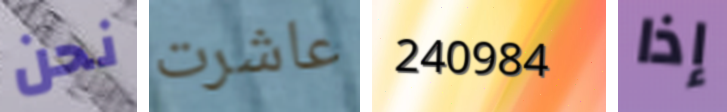
نحن عاشرت 240984 إذا